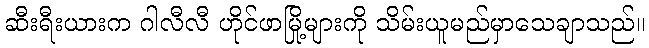
ဆီးရီးယားက ဂါလီလီ ဟိုင်ဖာမြို့များကို သိမ်းယူမည်မှာသေချာသည်။